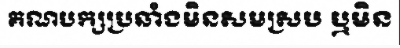
គណបក្សប្រឆាំងមិនសមស្រប ឬមិន